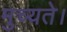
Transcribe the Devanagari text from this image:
मुच्यते।